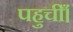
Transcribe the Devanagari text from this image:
पहुचीँ।